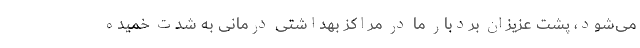
می‌شود، پشت عزیزان بردبار ما در مراکز بهداشتی درمانی به شدت خمیده